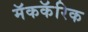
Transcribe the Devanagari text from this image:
मॅककॅरिक